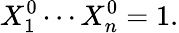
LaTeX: X_{1}^{0}\cdots X_{n}^{0}=1.